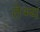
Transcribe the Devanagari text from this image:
तेभ्य